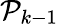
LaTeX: \mathcal{P}_{k-1}